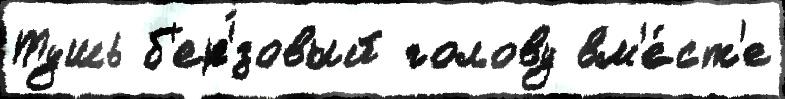
Тушь б'ер'́зовый голову вм'е́ст'е